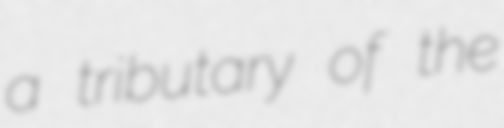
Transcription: a tributary of the